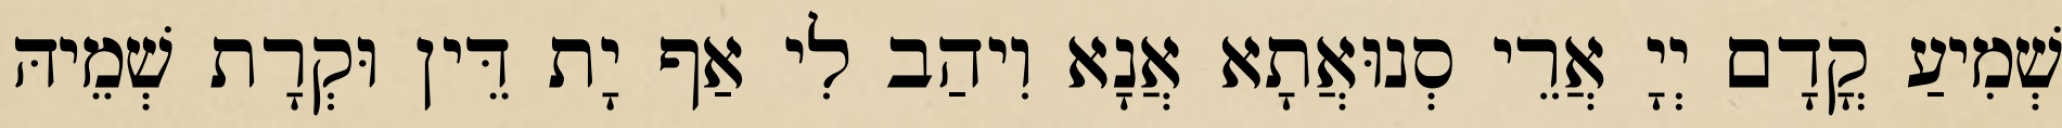
שְׁמִיעַ קֳדָם יְיָ אֲרֵי סְנוּאֲתָא אֲנָא וִיהַב לִי אַף יָת דֵּין וּקְרָת שְׁמֵיהּ